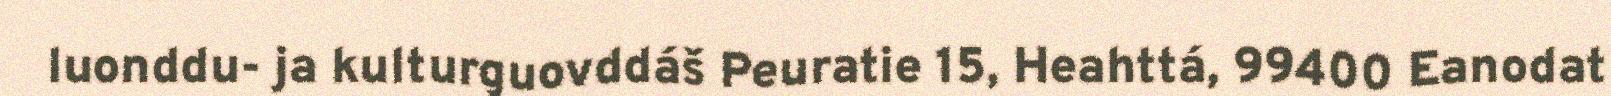
luonddu- ja kulturguovddáš Peuratie 15, Heahttá, 99400 Eanodat